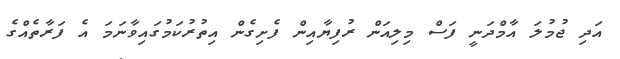
އަދި ޖުމުލަ އާމްދަނީ ފަސް މިލިއަން ރުފިޔާއިން ފެށިގެން އިތުރުކަމުގައިވާނަމަ އެ ފަރާތެއްގެ